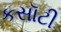
કસૉટી